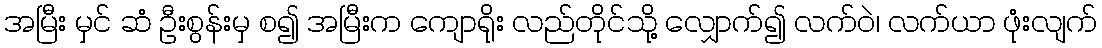
အမြီး မှင် ဆံ ဦးစွန်းမှ စ၍ အမြီးက ကျောရိုး လည်တိုင်သို့ လျှောက်၍ လက်ဝဲ၊ လက်ယာ ဖုံးလျက်